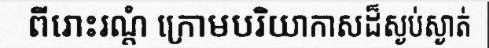
ពីរោះរណ្តំ ក្រោមបរិយាកាសដ៏ស្ងប់ស្ងាត់